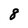
Character: 8